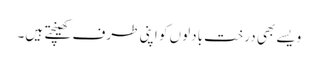
ویسے بھی درخت بادلوں کو اپنی طرف کھینچتے ہیں۔